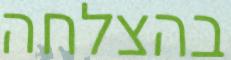
בהצלחה